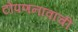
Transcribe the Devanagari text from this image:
टोपणनावाची